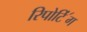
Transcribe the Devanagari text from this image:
रिपोटि॔ंग